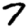
Digit: 7